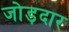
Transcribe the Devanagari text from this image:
जोड़दार